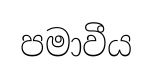
පමාවීය